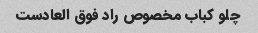
چلو کباب مخصوص راد فوق العادست